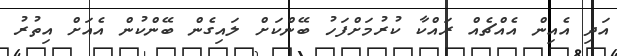
އަދި އެއިން އެއްޗެއް ރައްކާ ކުރުމަށްފަހު ބޭންކަށް ލައިގެން ބޭންކުން އެއަށް އިތުރު